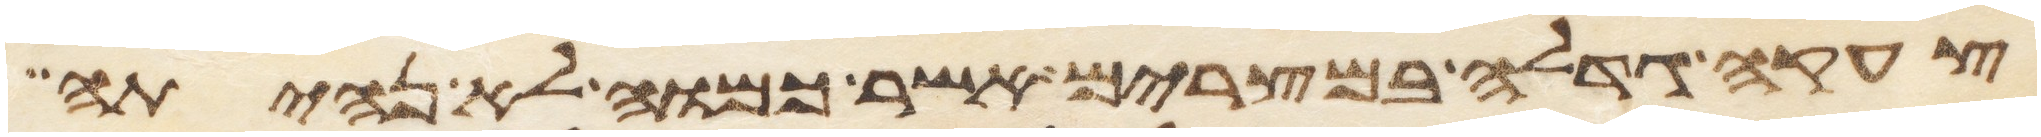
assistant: צעקה גדלה במצרים אשר כמוה לא נהיתה